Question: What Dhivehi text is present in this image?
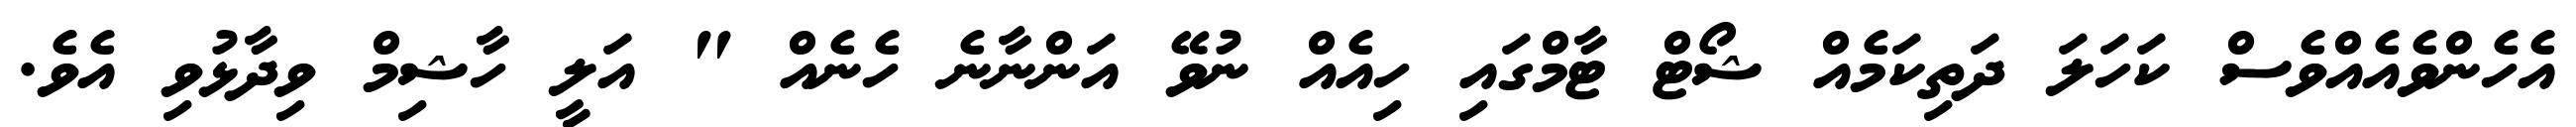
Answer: އެހެންވެއެއްވެސް ކަހަލަ ދަތިކަމެއް ޝޯޓް ޓާމްގައި ހިއެއް ނުވޭ އަންނާނެ ހެނެއް " އަލީ ހާޝިމް ވިދާޅުވި އެވެ.